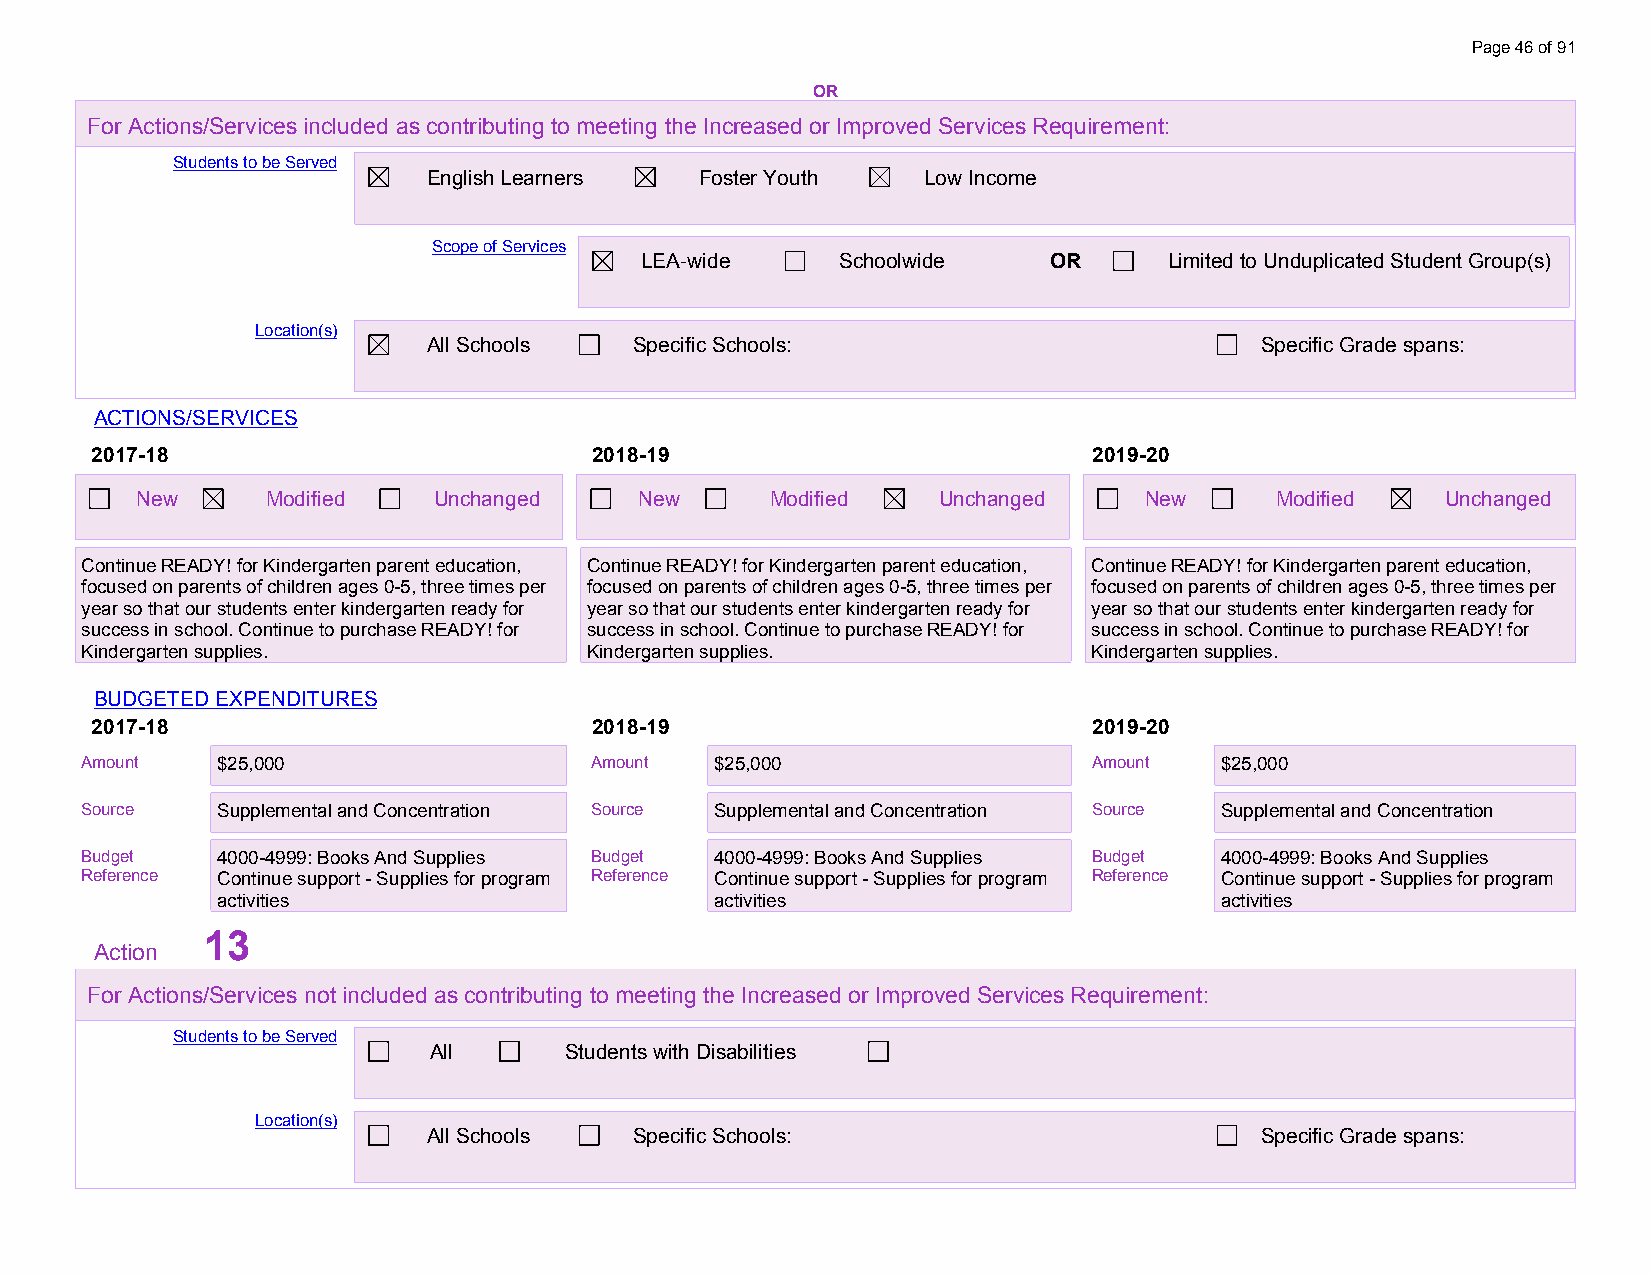
Page 46 of 91
 OR
 For Actions/Services included as contributing to meeting the Increased or Improved Services Requirement:
 Students to be Served
 English Learners  Foster Youth   Low Income
 Scope of Services
 LEA-wide      Schoolwide   OR      Limited to Unduplicated Student Group(s)
 Location(s)
 All Schools   Specific Schools:                        Specific Grade spans:
 ACTIONS/SERVICES
 2017-18                          2018-19                          2019-20
 New      Modified   Unchanged    New      Modified   Unchanged     New     Modified    Unchanged
 Continue READY! for Kindergarten parent education, Continue READY! for Kindergarten parent education, Continue READY! for Kindergarten parent education,
 focused on parents of children ages 0-5, three times per focused on parents of children ages 0-5, three times per focused on parents of children ages 0-5, three times per
 year so that our students enter kindergarten ready for year so that our students enter kindergarten ready for year so that our students enter kindergarten ready for
 success in school. Continue to purchase READY! for success in school. Continue to purchase READY! for success in school. Continue to purchase READY! for
 Kindergarten supplies.            Kindergarten supplies.           Kindergarten supplies.
 BUDGETED EXPENDITURES
 2017-18                          2018-19                          2019-20
 Amount   $25,000                  Amount  $25,000                  Amount   $25,000
 S o u rce
 $ S2 u5 p,0 p0 le0
 mental and Concentration Source Supplemental and Concentration Source Supplemental and Concentration
 B u d get
 $ 42 05 0, 000 -40
 999: Books And Supplies Budget 4000-4999: Books And Supplies Budget 4000-4999: Books And Supplies
 Reference Continue support - Supplies for program Reference Continue support - Supplies for program Reference Continue support - Supplies for program
 activities                       activities                        activities
 13
 Action
 For Actions/Services not included as contributing to meeting the Increased or Improved Services Requirement:
 Students to be Served
 All      Students with Disabilities
 Location(s)
 All Schools   Specific Schools:                        Specific Grade spans: